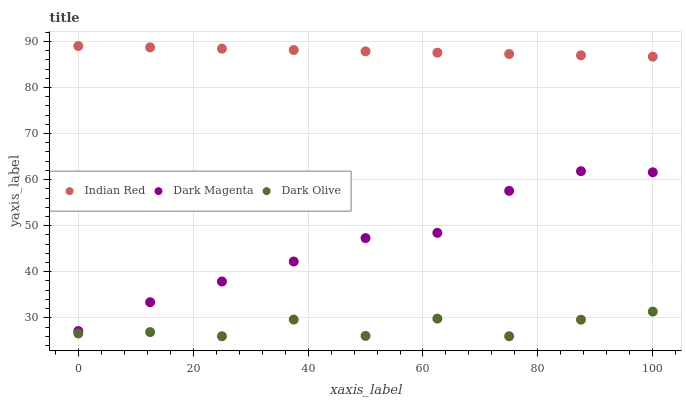
| xaxis_label | Indian Red | Dark Magenta | Dark Olive |
 | --- | --- | --- | --- |
 | 0 | 89 | 27.1 | 26.6 |
 | 12.5 | 88.7 | 33.4 | 26.9 |
 | 25 | 88.4 | 37.9 | 26 |
 | 37.5 | 88.1 | 42.2 | 29.6 |
 | 50 | 87.8 | 47.3 | 26.1 |
 | 62.5 | 87.6 | 48.4 | 29.8 |
 | 75 | 87.3 | 57.6 | 26 |
 | 87.5 | 87 | 61.8 | 29.6 |
 | 100 | 86.7 | 61.6 | 31.4 |